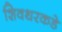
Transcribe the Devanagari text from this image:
शिवथरकडे